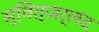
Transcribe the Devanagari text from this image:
स्वित्ज़र्लंद